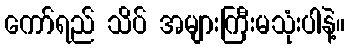
ကော်ရည် သိပ် အများကြီးမသုံးပါနဲ့။